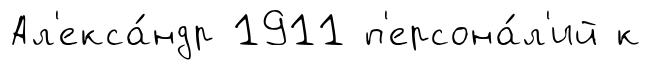
Ал'екса́ндр 1911 п'ерсона́л'ий к